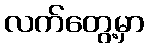
လက်တွေ့မှာ